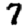
Digit: 7